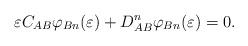
LaTeX: \begin{align*}\varepsilon C_{AB} \varphi_{Bn}(\varepsilon )+D^n_{AB}\varphi_{Bn}(\varepsilon )=0. \end{align*}